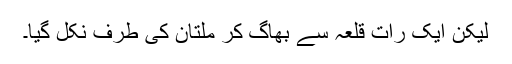
لیکن ایک رات قلعہ سے بھاگ کر ملتان کی طرف نکل گیا۔